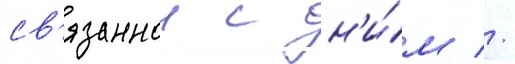
св'язаннои с н'и́м //